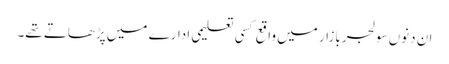
ان دنوں سولجربازار میں واقع کسی تعلیمی ادارے میں پڑھاتے تھے۔